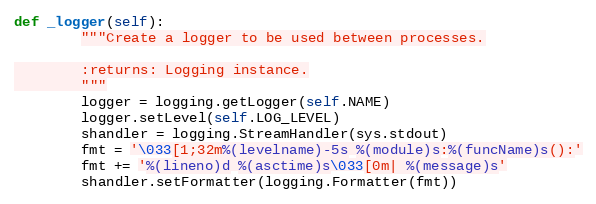
Language: Python
def _logger(self):
        """Create a logger to be used between processes.

        :returns: Logging instance.
        """
        logger = logging.getLogger(self.NAME)
        logger.setLevel(self.LOG_LEVEL)
        shandler = logging.StreamHandler(sys.stdout)
        fmt = '\033[1;32m%(levelname)-5s %(module)s:%(funcName)s():'
        fmt += '%(lineno)d %(asctime)s\033[0m| %(message)s'
        shandler.setFormatter(logging.Formatter(fmt))